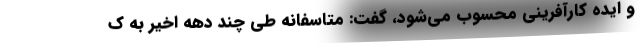
و ايده كارآفريني محسوب مي‌شود، گفت: متاسفانه طي چند دهه اخير به ك